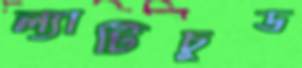
ল্যাটিচুড